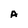
Character: A